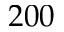
2 0 0